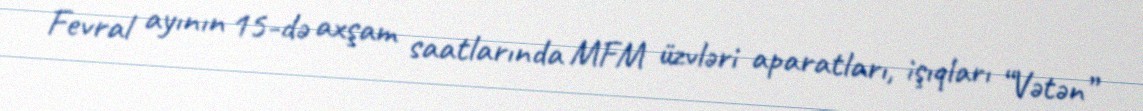
Fevral ayının 15-də axşam saatlarında MFM üzvləri aparatları, işıqları “Vətən”